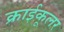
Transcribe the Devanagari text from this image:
क्राईकूलर